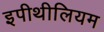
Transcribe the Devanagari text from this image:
इपीथीलियम